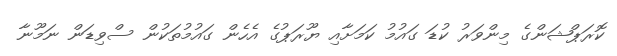
ކޮރަޕްޝަންގެ މިންވަރު ކުޑަ ގައުމު ކަމަށާއި ޔޫރަޕުގެ އެހެން ގައުމުތަކުން ސްވިޑަން ނަމޫނާ